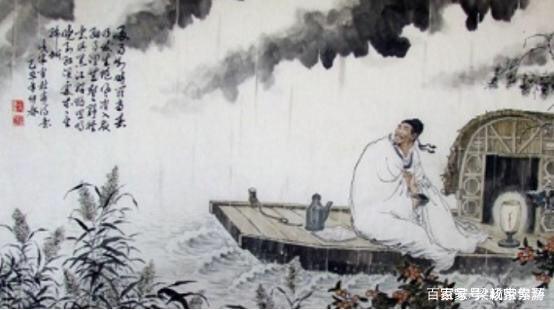
白头搔更短，浑欲不胜簪。